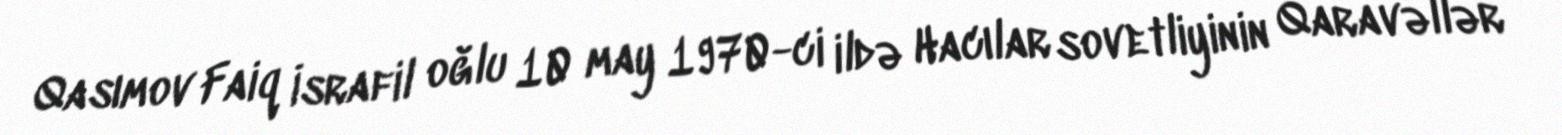
Qasımov Faiq İsrafil oğlu 10 may 1970-ci ildə Hacılar sovetliyinin Qaravəllər